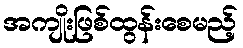
အကျိုးဖြစ်ထွန်းစေမည့်